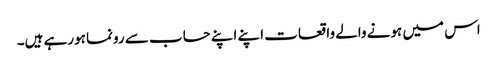
اس میں ہونے والے واقعات اپنے اپنے حساب سے رونما ہورہے ہیں۔